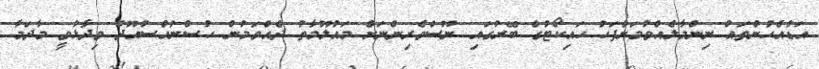
އަޑުއެހުންތައް ނިންމާލެއްވުމަށްފަހު ހައިކޯޓުގެ ބޭރުގައި ނޫސްވެރިންނަށް މައުލޫމާތު ދެއްވަމުން ހުސްނުއްސުއޫދު ވިދާޅުވީ މާދަމާ